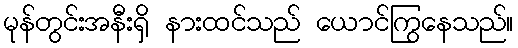
မုန်တွင်းအနီးရှိ နားထင်သည် ယောင်ကြွနေသည်။